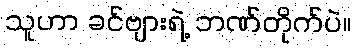
သူဟာ ခင်ဗျားရဲ့ ဘဏ်တိုက်ပဲ။